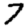
Digit: 7